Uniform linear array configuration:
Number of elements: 12
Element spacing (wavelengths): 0.25
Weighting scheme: kaiser
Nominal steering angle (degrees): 15
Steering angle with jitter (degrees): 16.04
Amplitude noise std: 0.05
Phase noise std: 0.05

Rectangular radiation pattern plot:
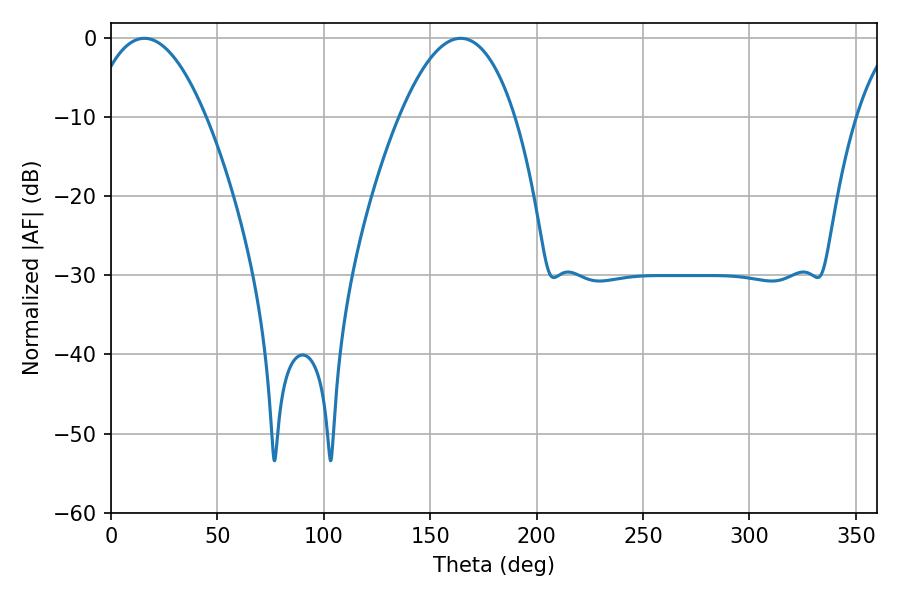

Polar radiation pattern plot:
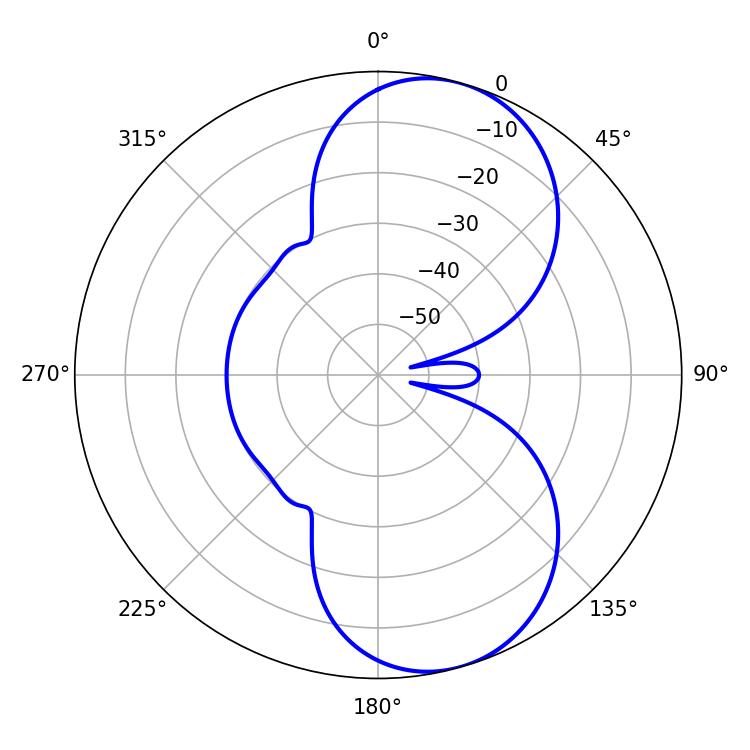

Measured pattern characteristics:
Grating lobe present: FALSE
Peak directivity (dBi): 8.043
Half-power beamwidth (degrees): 29.88
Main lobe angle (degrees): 15.66